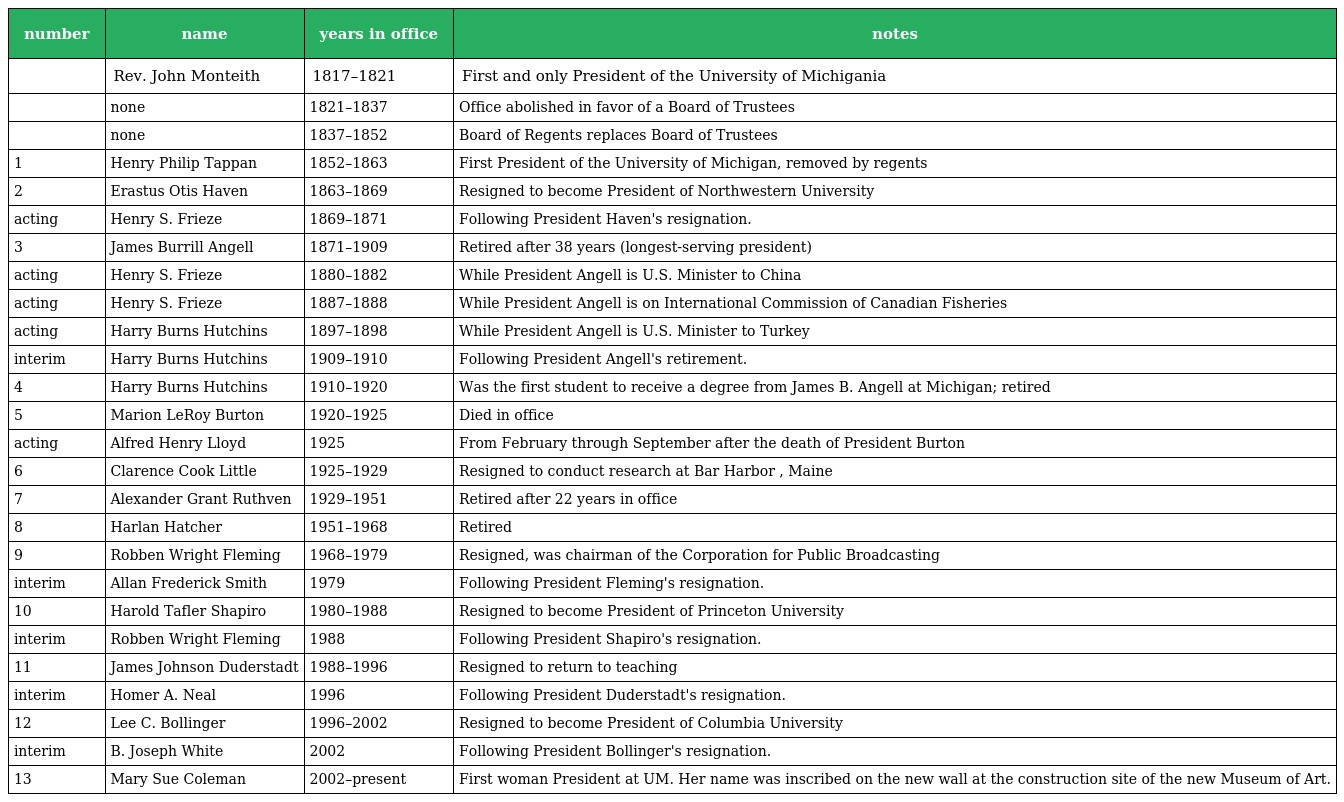
| number | name | years in office | notes |
 | --- | --- | --- | --- |
 |  | Rev. John Monteith | 1817–1821 | First and only President of the University of Michigania |
 |  | none | 1821–1837 | Office abolished in favor of a Board of Trustees |
 |  | none | 1837–1852 | Board of Regents replaces Board of Trustees |
 | 1 | Henry Philip Tappan | 1852–1863 | First President of the University of Michigan, removed by regents |
 | 2 | Erastus Otis Haven | 1863–1869 | Resigned to become President of Northwestern University |
 | acting | Henry S. Frieze | 1869–1871 | Following President Haven's resignation. |
 | 3 | James Burrill Angell | 1871–1909 | Retired after 38 years (longest-serving president) |
 | acting | Henry S. Frieze | 1880–1882 | While President Angell is U.S. Minister to China |
 | acting | Henry S. Frieze | 1887–1888 | While President Angell is on International Commission of Canadian Fisheries |
 | acting | Harry Burns Hutchins | 1897–1898 | While President Angell is U.S. Minister to Turkey |
 | interim | Harry Burns Hutchins | 1909–1910 | Following President Angell's retirement. |
 | 4 | Harry Burns Hutchins | 1910–1920 | Was the first student to receive a degree from James B. Angell at Michigan; retired |
 | 5 | Marion LeRoy Burton | 1920–1925 | Died in office |
 | acting | Alfred Henry Lloyd | 1925 | From February through September after the death of President Burton |
 | 6 | Clarence Cook Little | 1925–1929 | Resigned to conduct research at Bar Harbor , Maine |
 | 7 | Alexander Grant Ruthven | 1929–1951 | Retired after 22 years in office |
 | 8 | Harlan Hatcher | 1951–1968 | Retired |
 | 9 | Robben Wright Fleming | 1968–1979 | Resigned, was chairman of the Corporation for Public Broadcasting |
 | interim | Allan Frederick Smith | 1979 | Following President Fleming's resignation. |
 | 10 | Harold Tafler Shapiro | 1980–1988 | Resigned to become President of Princeton University |
 | interim | Robben Wright Fleming | 1988 | Following President Shapiro's resignation. |
 | 11 | James Johnson Duderstadt | 1988–1996 | Resigned to return to teaching |
 | interim | Homer A. Neal | 1996 | Following President Duderstadt's resignation. |
 | 12 | Lee C. Bollinger | 1996–2002 | Resigned to become President of Columbia University |
 | interim | B. Joseph White | 2002 | Following President Bollinger's resignation. |
 | 13 | Mary Sue Coleman | 2002–present | First woman President at UM. Her name was inscribed on the new wall at the construction site of the new Museum of Art. |